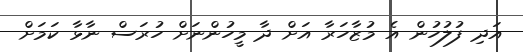
އަދި ފުލުހުން އެ މުޒާހަރާ އަށް ދާ މީހުންނަށް ހުރަސް ނާޅާ ކަމަށް